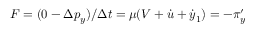
F = ( 0 - \Delta p _ { y } ) / \Delta t = \mu ( V + \dot { u } + \dot { y } _ { 1 } ) = - \pi _ { y } ^ { \prime }